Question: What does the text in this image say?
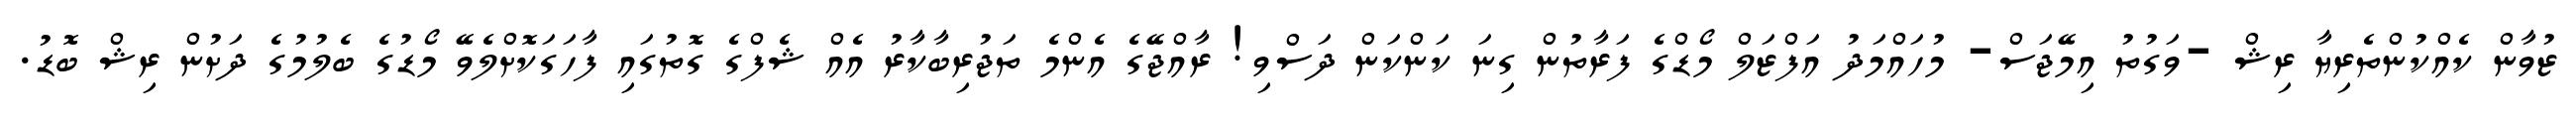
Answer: ޒުވާން ކެއްކުންތެރިޔާ ރިޝް -ވަގުތު އިމޭޖަސް- މުހައްމަދު އަފްޒަލް މޯޑްގެ ފަރާތުން ގިނަ ކަންކަން ދަސްވި! ރާއްޖޭގެ އެންމެ ތަޖުރިބާކާރު އެއް ޝެފްގެ ގޮތުގައި ފާހަގަކޮށްލެވޭ މޯޑުގެ ބެލުމުގެ ދަށުން ރިޝް ބޮޑު.